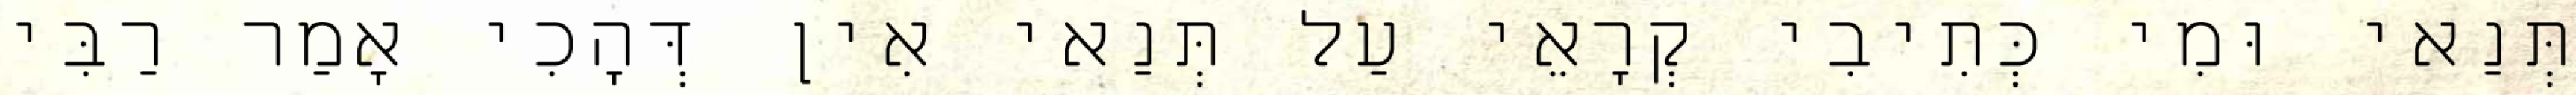
תְּנַאי וּמִי כְּתִיבִי קְרָאֵי עַל תְּנַאי אִין דְּהָכִי אָמַר רַבִּי